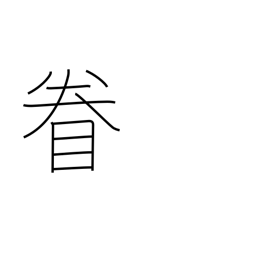
Meaning: look around